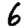
Digit: 6